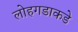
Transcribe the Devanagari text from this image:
लोहगडाकडे